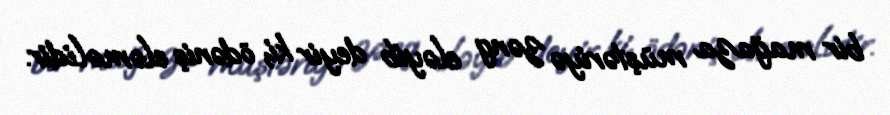
bir mağaza müştəriyə zəng eləyib deyir ki, ödəniş eləməlidir.